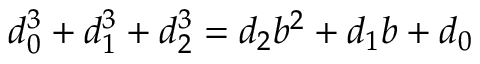
d _ { 0 } ^ { 3 } + d _ { 1 } ^ { 3 } + d _ { 2 } ^ { 3 } = d _ { 2 } b ^ { 2 } + d _ { 1 } b + d _ { 0 }